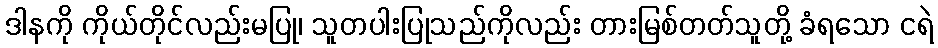
ဒါနကို ကိုယ်တိုင်လည်းမပြု၊ သူတပါးပြုသည်ကိုလည်း တားမြစ်တတ်သူတို့ ခံရသော ငရဲ